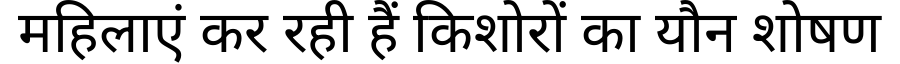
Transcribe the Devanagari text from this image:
महिलाएं कर रही हैं किशोरों का यौन शोषण